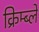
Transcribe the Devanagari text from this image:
क्रिम्ब्ले